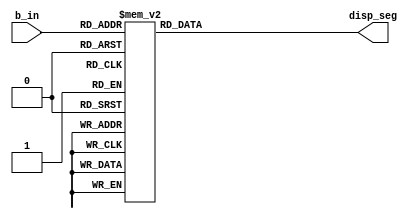
`timescale 1ns / 1ps
//////////////////////////////////////////////////////////////////////////////////
// Company: CGA
// 
// Design Name: 
// Module Name:    bin2seg 
// Project Name: 
// Target Devices: 
// Tool versions: 
// Description: 
//
// Dependencies: 
//
// Revision: 
// Revision 0.01 - File Created
// Additional Comments: 
//
//////////////////////////////////////////////////////////////////////////////////
module bin2seg(
	 input wire[3:0] b_in,
	 output reg[6:0] disp_seg
    );
	 
	 always @ *
	 case(b_in)
    4'b0000 : disp_seg = 7'b1000000; // 0
    4'b0001 : disp_seg = 7'b1111001; // 1
    4'b0010 : disp_seg = 7'b0100100; // 2
	 4'b0011 : disp_seg = 7'b0110000; // 3
    4'b0100 : disp_seg = 7'b0011001; // 4
    4'b0101 : disp_seg = 7'b0010010; // 5
	 4'b0110 : disp_seg = 7'b0000010; // 6
    4'b0111 : disp_seg = 7'b1111000; // 7
    4'b1000 : disp_seg = 7'b0000000; // 8
	 4'b1001 : disp_seg = 7'b0010000; // 9
    default : disp_seg = 7'b0000000; // full
  endcase

endmodule